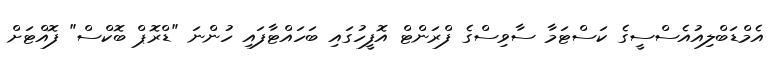
އެމްޑަބްލިއުއެސްސީގެ ކަސްޓަމާ ސާވިސްގެ ފްރަންޓް އޮފީހުގައި ބަހައްޓާފައި ހުންނަ "ޑްރޮޕް ބޮކްސް" ފޮއްޓަށް